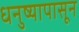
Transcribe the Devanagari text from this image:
धनुष्यापासून